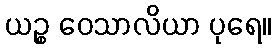
ယဉ္စ ဝေသာလိယာ ပုရေ။